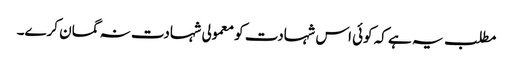
مطلب یہ ہے کہ کوئی اس شہادت کو معمولی شہادت نہ گمان کرے۔